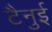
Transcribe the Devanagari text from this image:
टैनुई